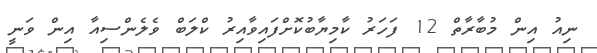
ނިއު އިން މުބާރާތް 12 ފަހަރު ކާމިޔާބުކޮށްފައިވާއިރު ކްލަބް ވެލެންސިއާ އިން ވަނީ